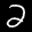
Label: 2